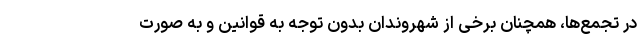
در تجمع‌ها، همچنان برخی از شهروندان بدون توجه به قوانین و به صورت